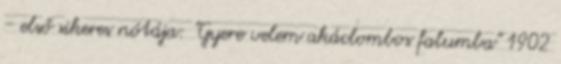
- első sikeres nótája: "Gyere velem akáclombos falumba" 1902